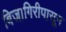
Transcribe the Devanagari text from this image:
बिजागिरीपासून